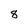
Character: 8